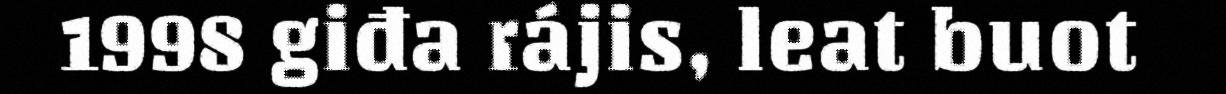
1998 giđa rájis, leat buot